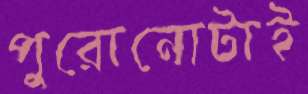
পুরোনোটাই